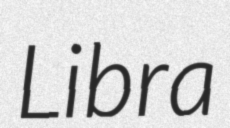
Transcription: Libra